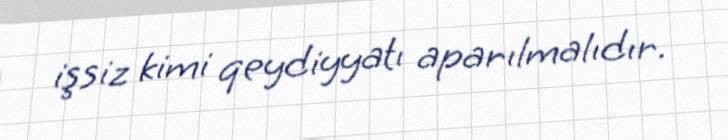
işsiz kimi qeydiyyatı aparılmalıdır.